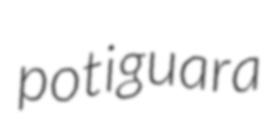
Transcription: potiguara